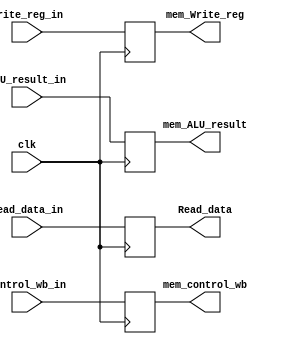
module MEM_WB(
	input clk,
	input  [1:0]  control_wb_in,
	input  [31:0] Read_data_in,
	input  [31:0] ALU_result_in,
	input  [4:0]  Write_reg_in,
	output reg [1:0]  mem_control_wb,
	output reg [31:0] Read_data,
	output reg [31:0] mem_ALU_result,
	output reg [4:0]  mem_Write_reg);

	// Initialize outputs to defaults.
	initial
		begin
			mem_control_wb <= 0;
			Read_data      <= 0;
			mem_ALU_result <= 0;
			mem_Write_reg  <= 0;
		end
		
	// Update outputs.
	always @ (posedge clk)
		begin
			mem_control_wb <= control_wb_in;
			Read_data      <= Read_data_in;
			mem_ALU_result <= ALU_result_in;
			mem_Write_reg  <= Write_reg_in;
		end
endmodule